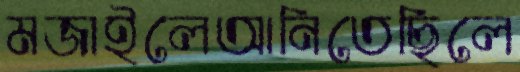
মজাইলেআনিতেছিলে